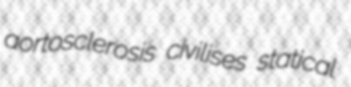
aortosclerosis civilises statical